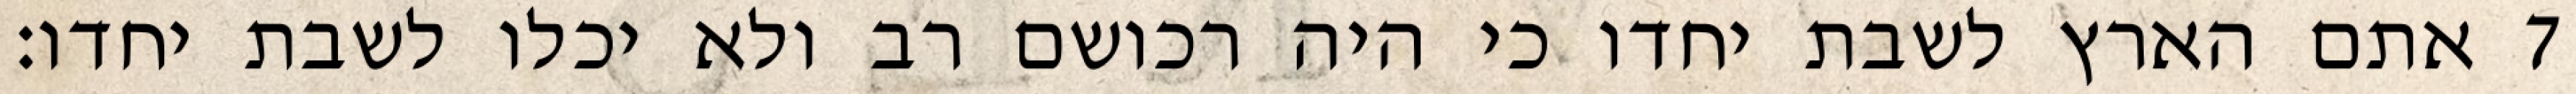
אתם הארץ לשבת יחדו כי היה רכושם רב ולא יכלו לשבת יחדו׃ ‎7‏